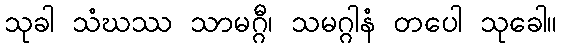
သုခါ သံဃဿ သာမဂ္ဂီ၊ သမဂ္ဂါနံ တပေါ သုခေါ။